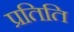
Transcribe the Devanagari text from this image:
प्रतिति